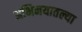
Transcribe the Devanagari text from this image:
अभिनयातल्या